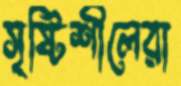
সৃষ্টিশীলেরা